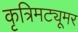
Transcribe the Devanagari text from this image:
कृत्रिमट्यूमर